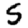
Digit: 5